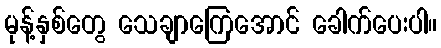
မုန့်နှစ်တွေ သေချာကြေအောင် ခေါက်ပေးပါ။